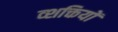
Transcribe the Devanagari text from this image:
व्शक्तियों